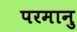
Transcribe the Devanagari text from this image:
परमानु